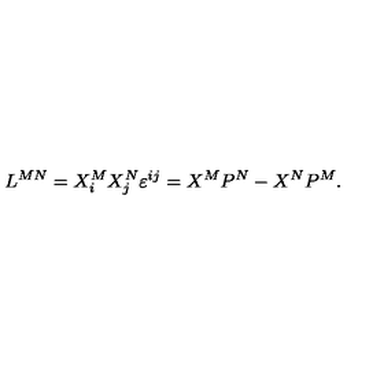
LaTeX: L ^ { M N } = X _ { i } ^ { M } X _ { j } ^ { N } \varepsilon ^ { i j } = X ^ { M } P ^ { N } - X ^ { N } P ^ { M } .